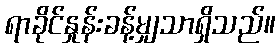
ရာခိုင်နှုန်းခန့်မျှသာရှိသည်။